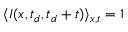
\langle I ( x , t _ { d } , t _ { d } + t ) \rangle _ { x , t } = 1